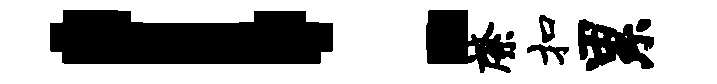
！綮扣累